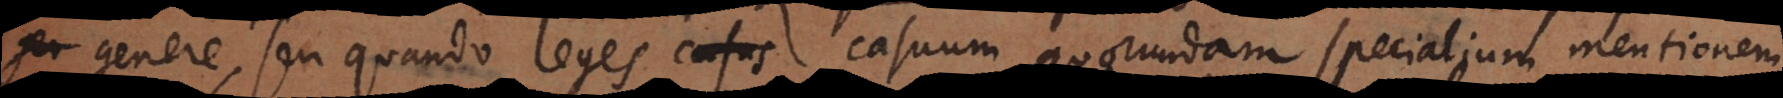
genere, seu quando leges casus casuum quorundam specialium mentionem